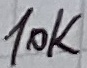
Text: 10K